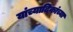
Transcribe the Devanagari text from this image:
यांच्यादिकांच्या